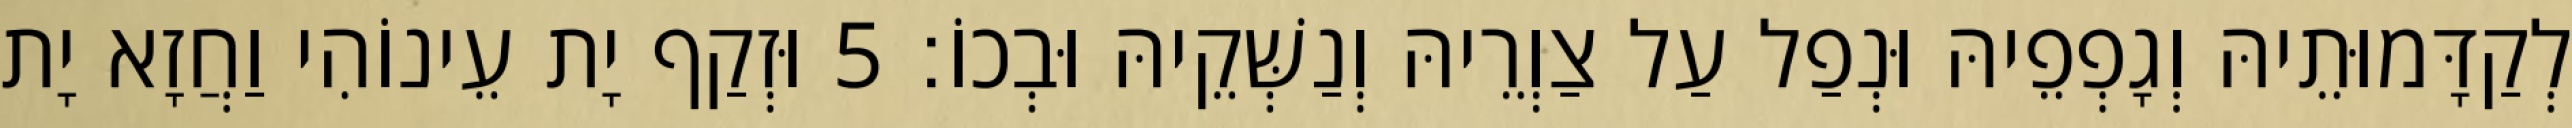
לְקַדָּמוּתֵיהּ וְגָפְפֵיהּ וּנְפַל עַל צַוְרֵיהּ וְנַשְּׁקֵיהּ וּבְכוֹ׃ 5 וּזְקַף יָת עֵינוֹהִי וַחֲזָא יָת